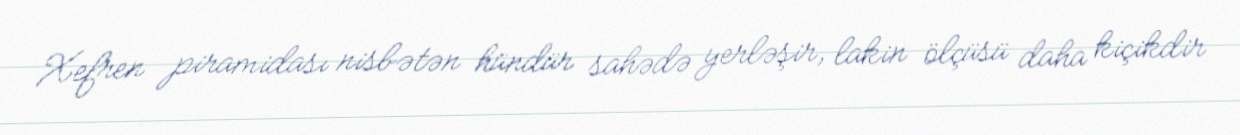
Xefren piramidası nisbətən hündür sahədə yerləşir, lakin ölçüsü daha kiçikdir